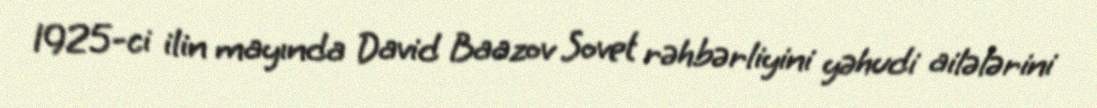
1925-ci ilin mayında David Baazov Sovet rəhbərliyini yəhudi ailələrini